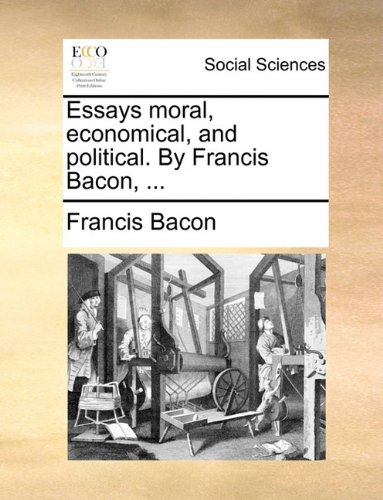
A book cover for Essays moral, economical, and political. By Francis Bacon, ...; Francis Bacon; Crafts, Hobbies & Home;